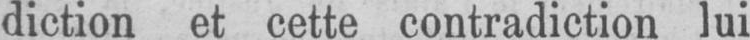
diction et cette contradiction lui